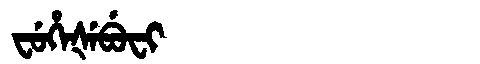
Manchu: ᠸᡠᡥᡝᡧᡝᠪᡠᠸᡳ
Romanization: FUHEŠEBUFI